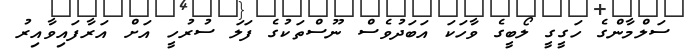
ސަލްމާންގެ ހަގީގީ ލޯބީގެ ވާހަކަ އަބަދުވެސް ނޫސްތަކުގެ ފަލަ ސުރުހީ އަށް އަރާފައިވާއިރު